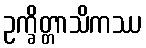
ဥက္ခိတ္တာသိကဿ